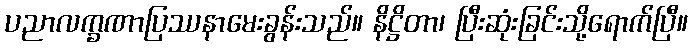
ပညာလက္ခဏာပြဿနာမေးခွန်းသည်။ နိဋ္ဌိတာ၊ ပြီးဆုံးခြင်းသို့ရောက်ပြီ။